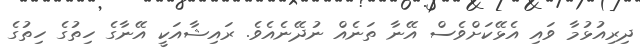
ދިރިއުޅުމާ ވައި އެޅޭކަށްވެސް އޭނާ ތަނެއް ނުދޭނެއެވެ. ރައިޝާއަކީ އޭނާގެ ހިތުގެ ހިތުގެ